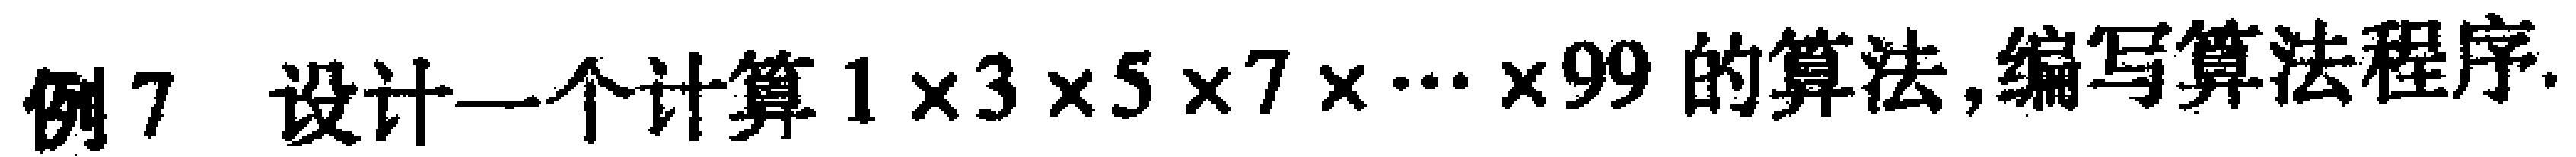
例7 设计一个计算 \(1\times3\times5\times7\times\cdots\times99\) 的算法,编写算法程序.